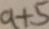
a + 5